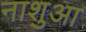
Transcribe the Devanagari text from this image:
नाशुआ